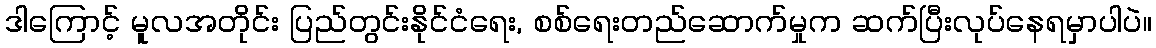
ဒါကြောင့် မူလအတိုင်း ပြည်တွင်းနိုင်ငံရေး, စစ်ရေးတည်ဆောက်မှုက ဆက်ပြီးလုပ်နေရမှာပါပဲ။